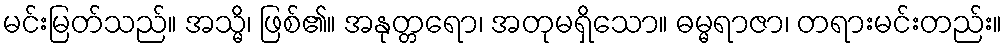
မင်းမြတ်သည်။ အသ္မိ၊ ဖြစ်၏။ အနုတ္တရော၊ အတုမရှိသော။ ဓမ္မရာဇာ၊ တရားမင်းတည်း။